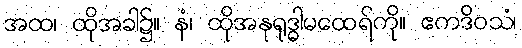
အထ၊ ထိုအခါ၌။ နံ၊ ထိုအနုရုဒ္ဓါမထေရ်ကို။ ဧကဒိဝသံ၊